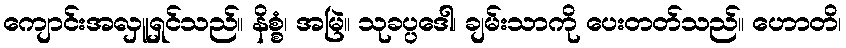
ကျောင်းအလှူရှင်သည်။ နိစ္စံ၊ အမြဲ။ သုခပ္ပဒေါ၊ ချမ်းသာကို ပေးတတ်သည်။ ဟောတိ၊